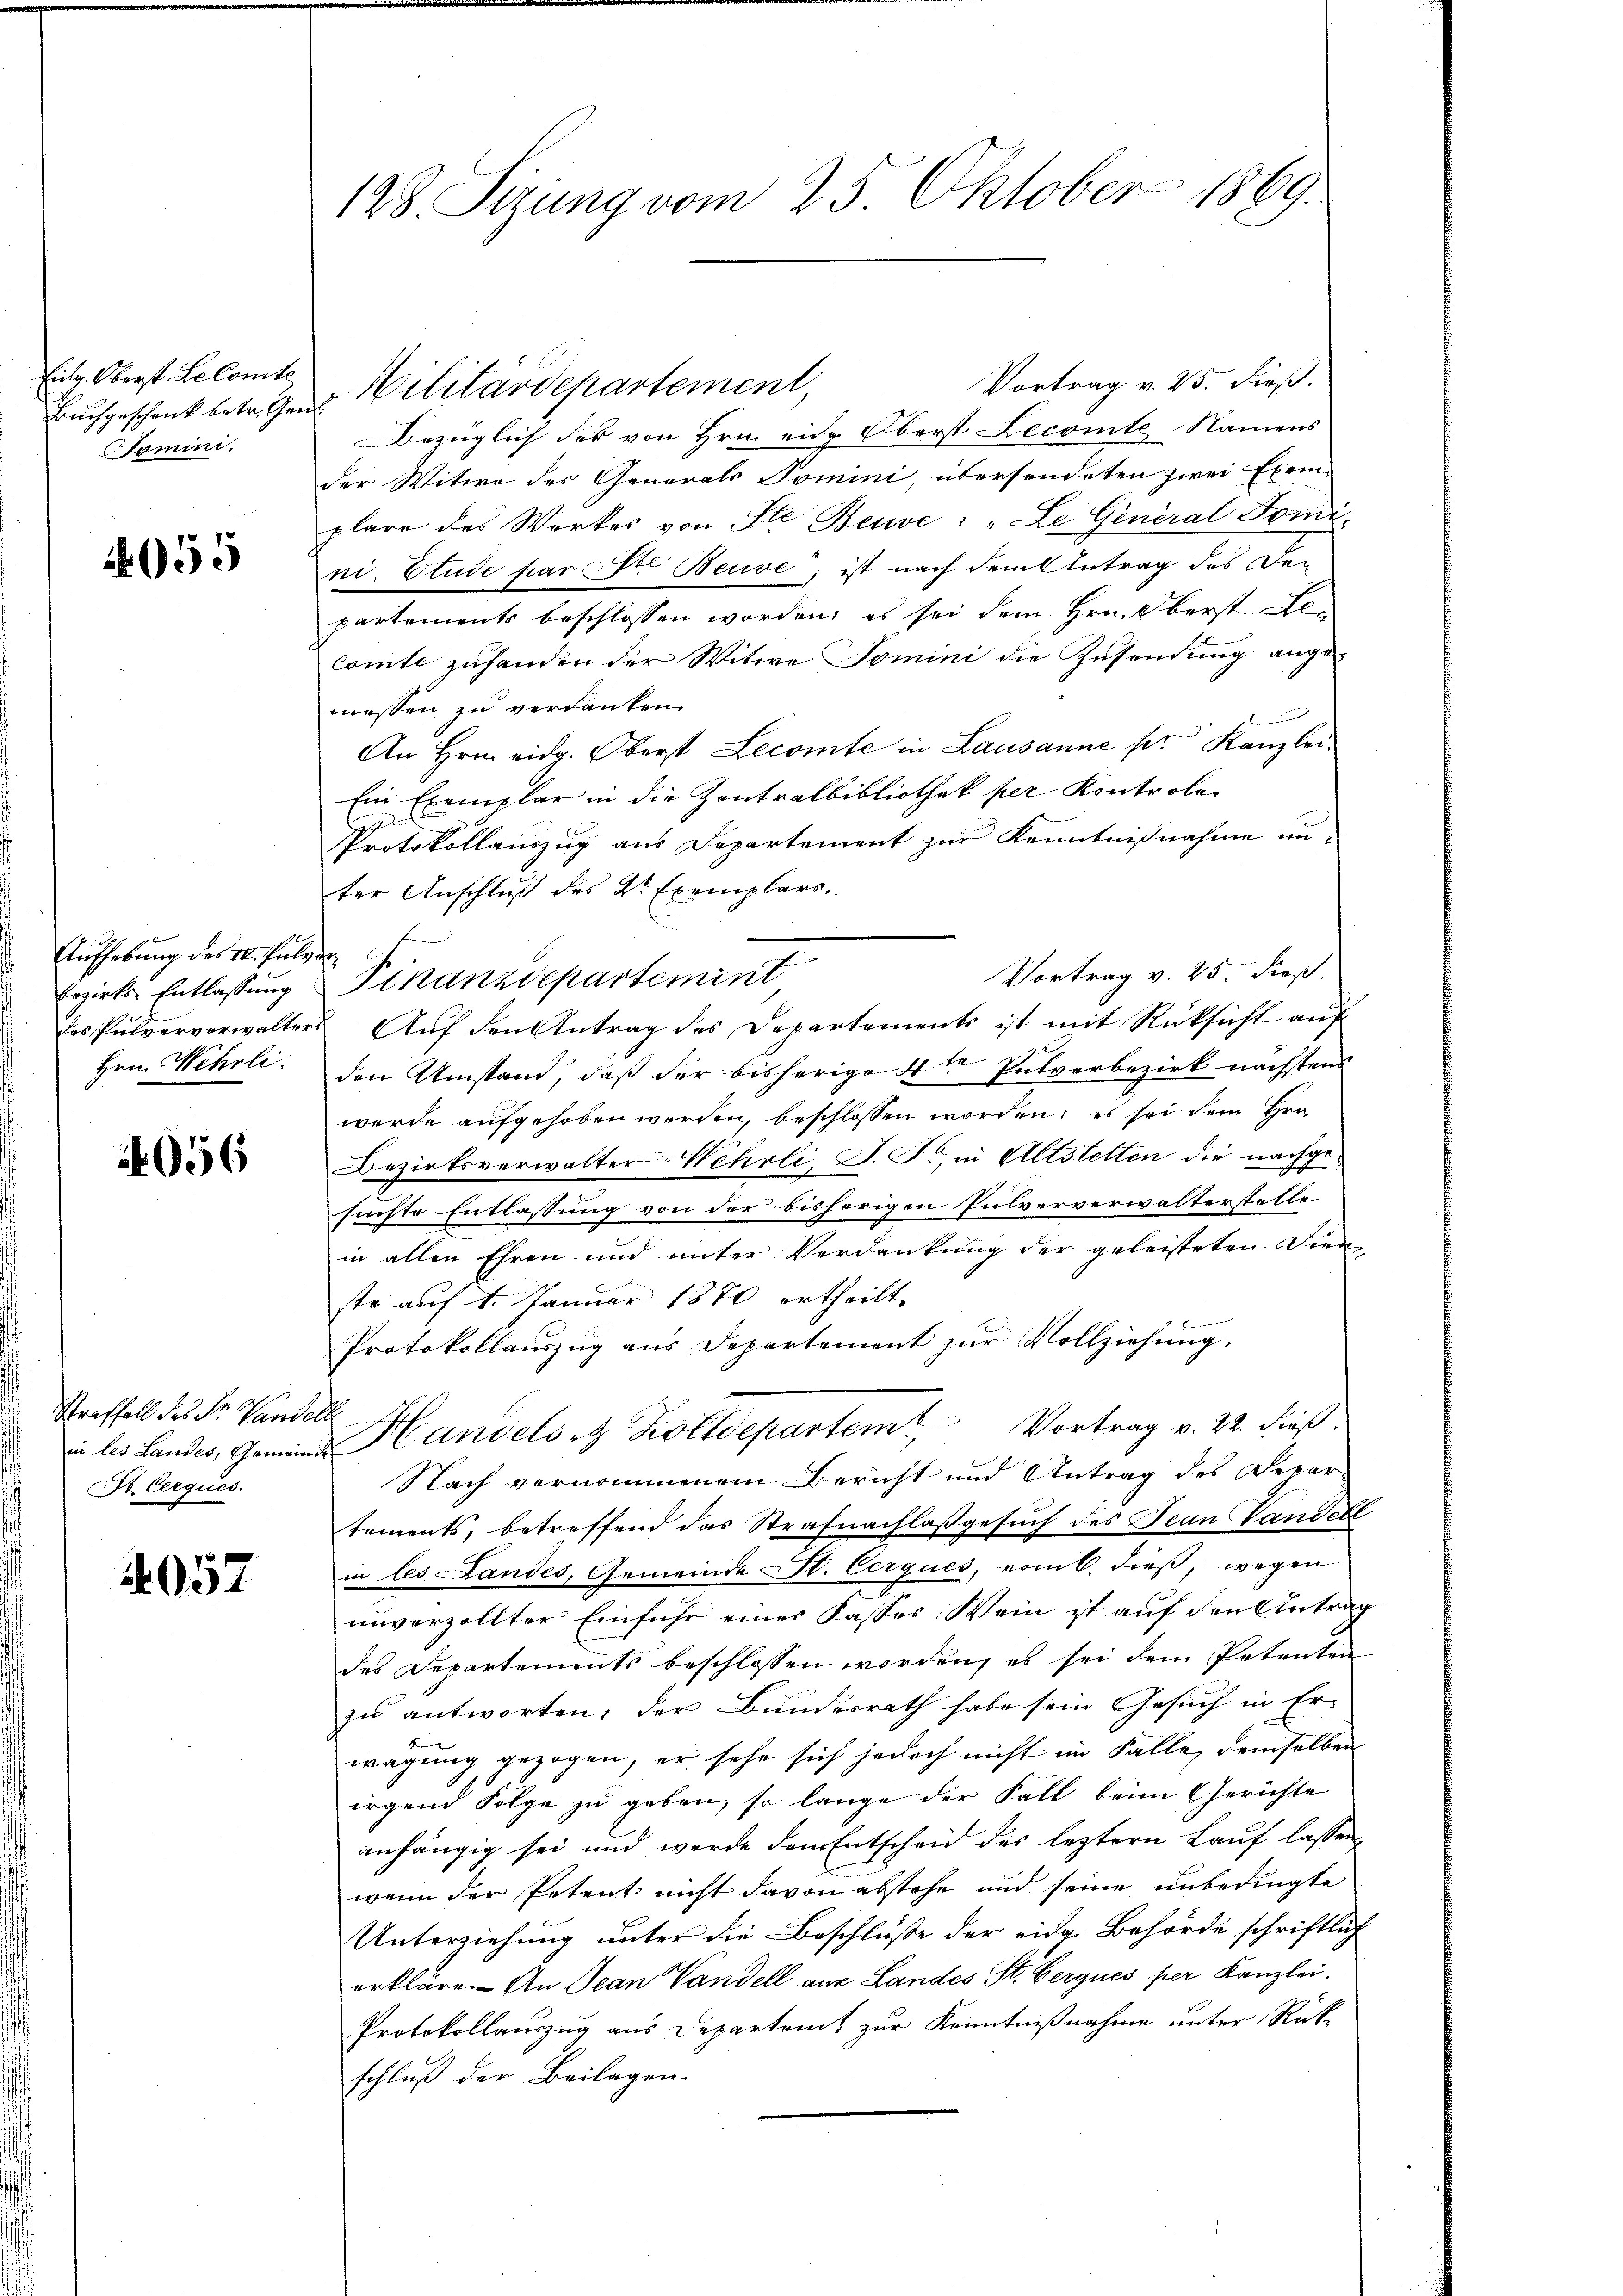
Buchgeschrick betr. Gen
Tomini.

4955

Vortrag v. 25. dieß.
Bezüglich des von Hrn. eidg. Oberst Lecomte Namens
der Witwe der Generals Tomini, übersendeten zwei Exem-
plare des Werkes von Ste Beuve : „Le General Tomi-
ni. Etude par ti Beuve, ist nach dem Antrag des De-
partements beschlossen worden; es sei dem Hrn. Oberst Len
Comte zufanden der Witwe Tomini die Zusendung ange-
messen zu verdanken.
An Hrn. eidg. Oberst Lecomte in Lausanne per Kanzlei¬
Ein Exemplar in die Zentralbibliothek per Kontrole
d
Protokollauszug aus Departement zur Kenntnißnahme unter Anschluß des Sr Exemplars.
Vortrag v. 25. dieß.
Finanzdepartement
des Pulvervorwalters Aŭf den Antrag des Departements ist mit Rücksicht auf
den Umstand, daß der bisherige 4ten Putverbezirk nächstens
werde aufgehoben werden, beschlossen worden; es sei dem Hrn.
Bezirksverwalter Wehrli J. J., in Altstetten die nachgesüchte Entlassung von der bisherigen Pulververwalterstelle
in allen Ehren und unter Verdankung der geleisteten Dien
ste auf 1. Januar 1880 ertheilt
Protokollauszug aus Departement zur Vollziehung.
in les Landes, Gemeinde Handelseg Kolldepartem Vortrag v. 22. dieß.
Nach vernommenem Bericht und Antrag des Depar
tements, betreffend das Strafnachlassgesuch des Tean Vandere
in les Landes, Gemeinde St. Cerques, vom 6. dieß, wegen
unverzollter Einfuhr eines Fasses Wein ist auf den Antrades Departements beschlossen worden, es sei dem Petenten
zu antworten, der Bundesrath habe sein Gesuch in Erwägung gezogen, er sehe sich jedoch nicht im Falle, demselben
irgend Folge zu geben, so lange der Fall beim Gerichte
anhängig sei und werde den Entscheid des leztern Lauf lassen
wenn der Petent nicht davon abstehe und seine unbedingte
Unterziehung unter die Beschluße der eidg. Behörde schriftlich
erkläre. An Jean Vandell aus Landes St. Bergues per Kanzlei.
Protokollauszug aus Departeit zur Kenntnißnahme unter Rück-
schluß der Beilagen

Aufhebung des II. Pulve
Erzirks-Entlassung
Hrn. Wehrli

056

Straffall des Dr. Vandelt
St. Cerques.

1057

128. Sizung vom 25. Oktober 1869.

Eidg. Oberst Lelamte Militärdepartement,